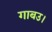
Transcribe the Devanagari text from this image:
गाबउ।